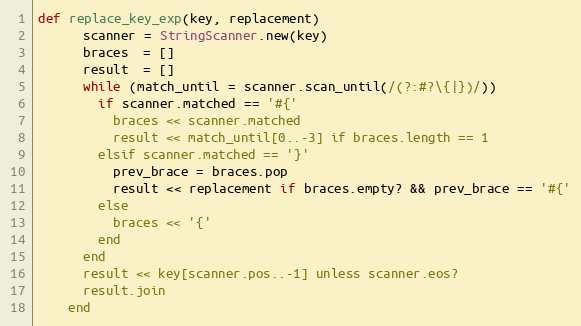
Language: Ruby
def replace_key_exp(key, replacement)
      scanner = StringScanner.new(key)
      braces  = []
      result  = []
      while (match_until = scanner.scan_until(/(?:#?\{|})/))
        if scanner.matched == '#{'
          braces << scanner.matched
          result << match_until[0..-3] if braces.length == 1
        elsif scanner.matched == '}'
          prev_brace = braces.pop
          result << replacement if braces.empty? && prev_brace == '#{'
        else
          braces << '{'
        end
      end
      result << key[scanner.pos..-1] unless scanner.eos?
      result.join
    end